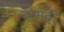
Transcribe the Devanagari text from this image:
दोमंदी